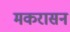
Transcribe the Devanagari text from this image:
मकरासन